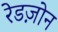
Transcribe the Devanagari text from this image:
रेडज़ोन